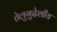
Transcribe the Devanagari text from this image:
तेलुगुदेशीय